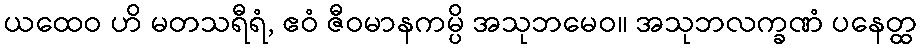
ယထေဝ ဟိ မတသရီရံ, ဧဝံ ဇီဝမာနကမ္ပိ အသုဘမေဝ။ အသုဘလက္ခဏံ ပနေတ္ထ